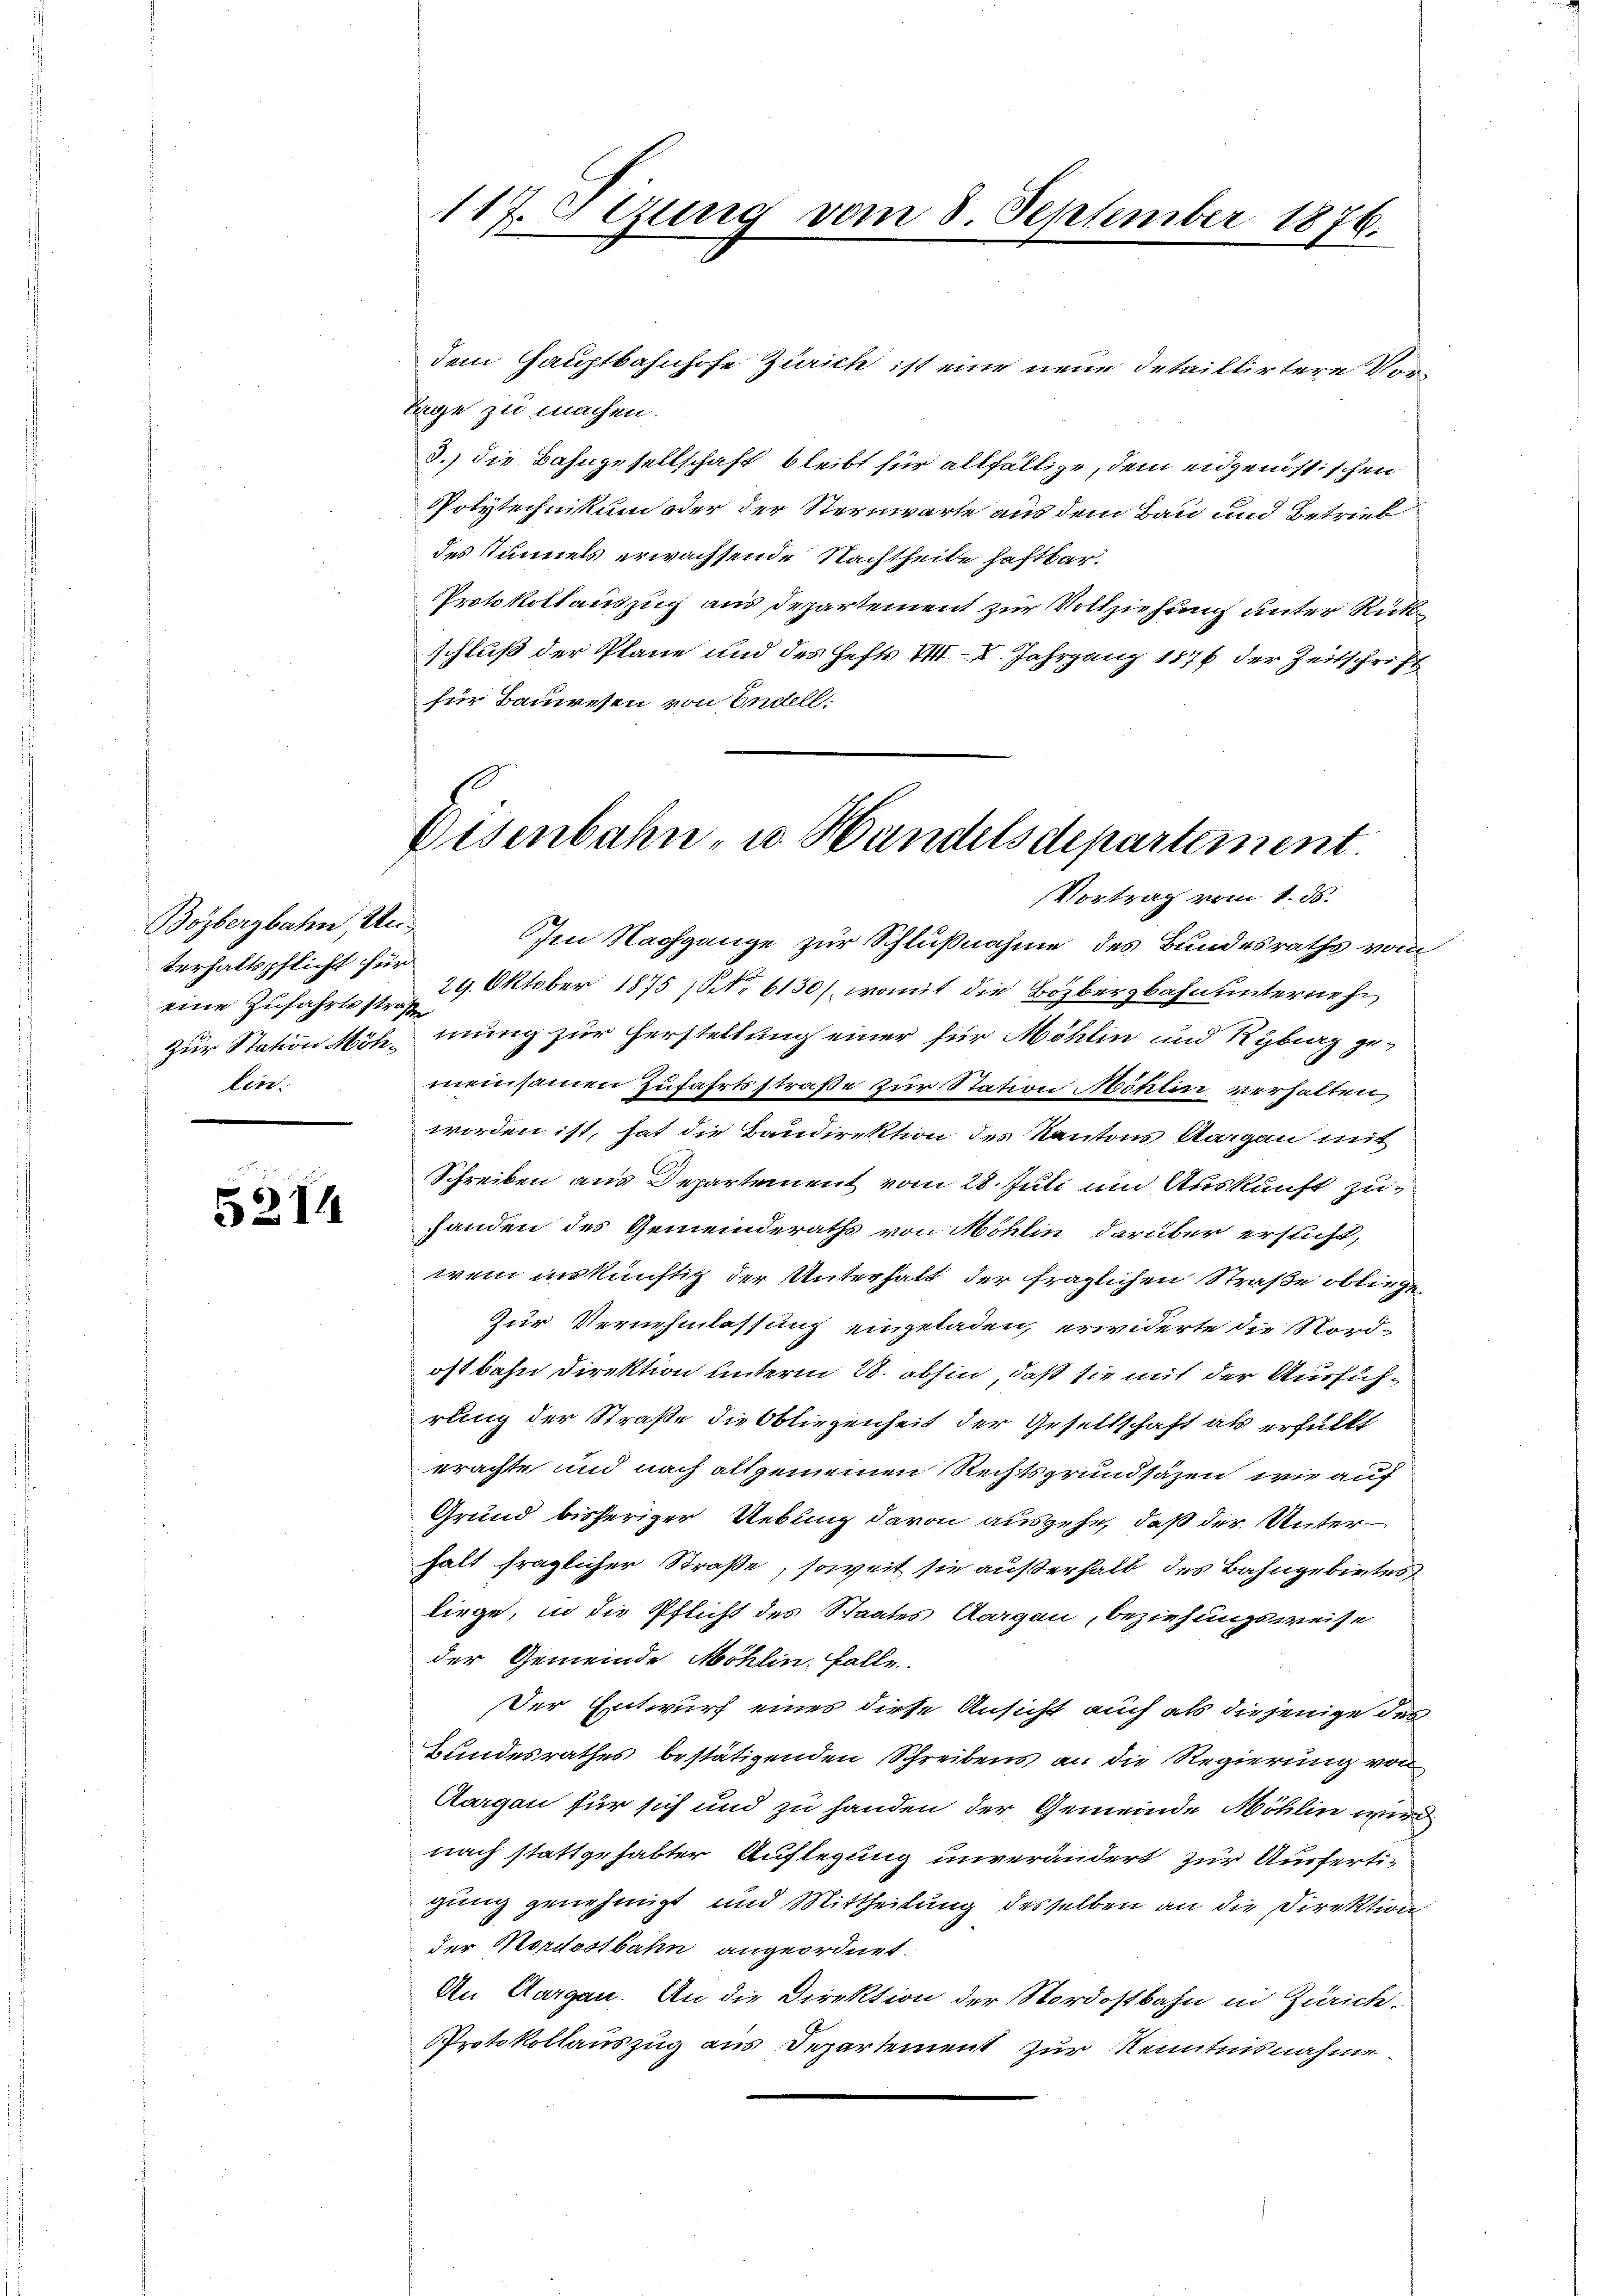
Bözbergbahn, Unterhaltspflicht für
eine Zufahrtsstraß
lin.

5214

117. Stung vom 8. September 1876.

dem Hauptbahnhofe Zürich ist eine neue Detaillirtere Vor¬
Tage zu machen.
3.) die Bahngesellschaft bleibt für allfällige, dem eidgenössischen
Polytechnikum oder der Sternwarte aus dem Bau und Betrieb
des Stimmels erwachsende Nachtheile haftbar.
Protokollauszug aus Departement zur Vollziehung unter Rückschluß der Pläne und des Hefts VIII. Jahrgang 1876 der Zeitschrift
für Bauwesen von Endell:

Im Nachgange zur Schlußnahme des Bundesraths vom
29. Oktober 1875 (NNo. 6130), womit die Bözbergbahn unternehm
Zur Station Möhmung zur Herstellung einer für Möhlin und Ryburg gemeinsamen Zufahrtsstraße zur Station Möhlin verhalten,
worden ist, hat die Baudirektion des Kantons Aargau mit
Schreiben aus Departement vom 28. Juli um Auskunft zuhanden des Gemeinderaths von Möhlin darüber ersucht,
wenn inskünftig der Unterhalt der fraglichen Straße obliegen
Zur Vernehmlassung eingeladen, erwiderte die Nord-
oft bahn Direktion unterm 28. abhin, daß sie mit der Ausführung der Straße die Obliegenheit der Gesellschaft als erfüllt
prachte und nach allgemeinen Rechtsgrundsäzen, wie auf
Grund bisheriger Uebung davon ausgehe, daß der Unterhalt fraglicher Straße, soweit sie außerhalb des Bahngebietes
liege, in die Pflicht des Staates Aargau, beziehungsweise
der Gemeinde Möhlin, falle
Der Entwurf eines diese Ansicht auch als diejenige des
Bundesrathes bestätigenden Schreibens an die Regierung von
Aargau für sich und zu handen der Gemeinde Möhlin wird
nach stattgehabter Auflegung unverändert zur Ausferti-
gung genehmigt und Mittheilung desselben an die Direktion
der Mordostbahn angeordnet.
An Aargau. An die Direktion der Nordostbahn in Zürich-
Protokollauszug aus Departement zur Kenntnisnahme.

Disenbahn- u. Handelsdepartement.
Vortrag vom 1. ds.